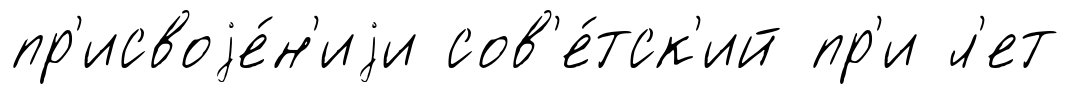
пр'исвоjе́н'иjи сов'е́тск'ий пр'и л'ет